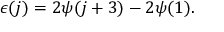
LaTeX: \epsilon ( j ) = 2 \psi ( j + 3 ) - 2 \psi ( 1 ) .